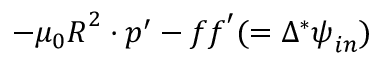
- \mu _ { 0 } \boldsymbol { R } ^ { 2 } \cdot \boldsymbol { p } ^ { \prime } - \boldsymbol { f f } ^ { \prime } ( = \Delta ^ { * } \boldsymbol { \psi } _ { i n } )